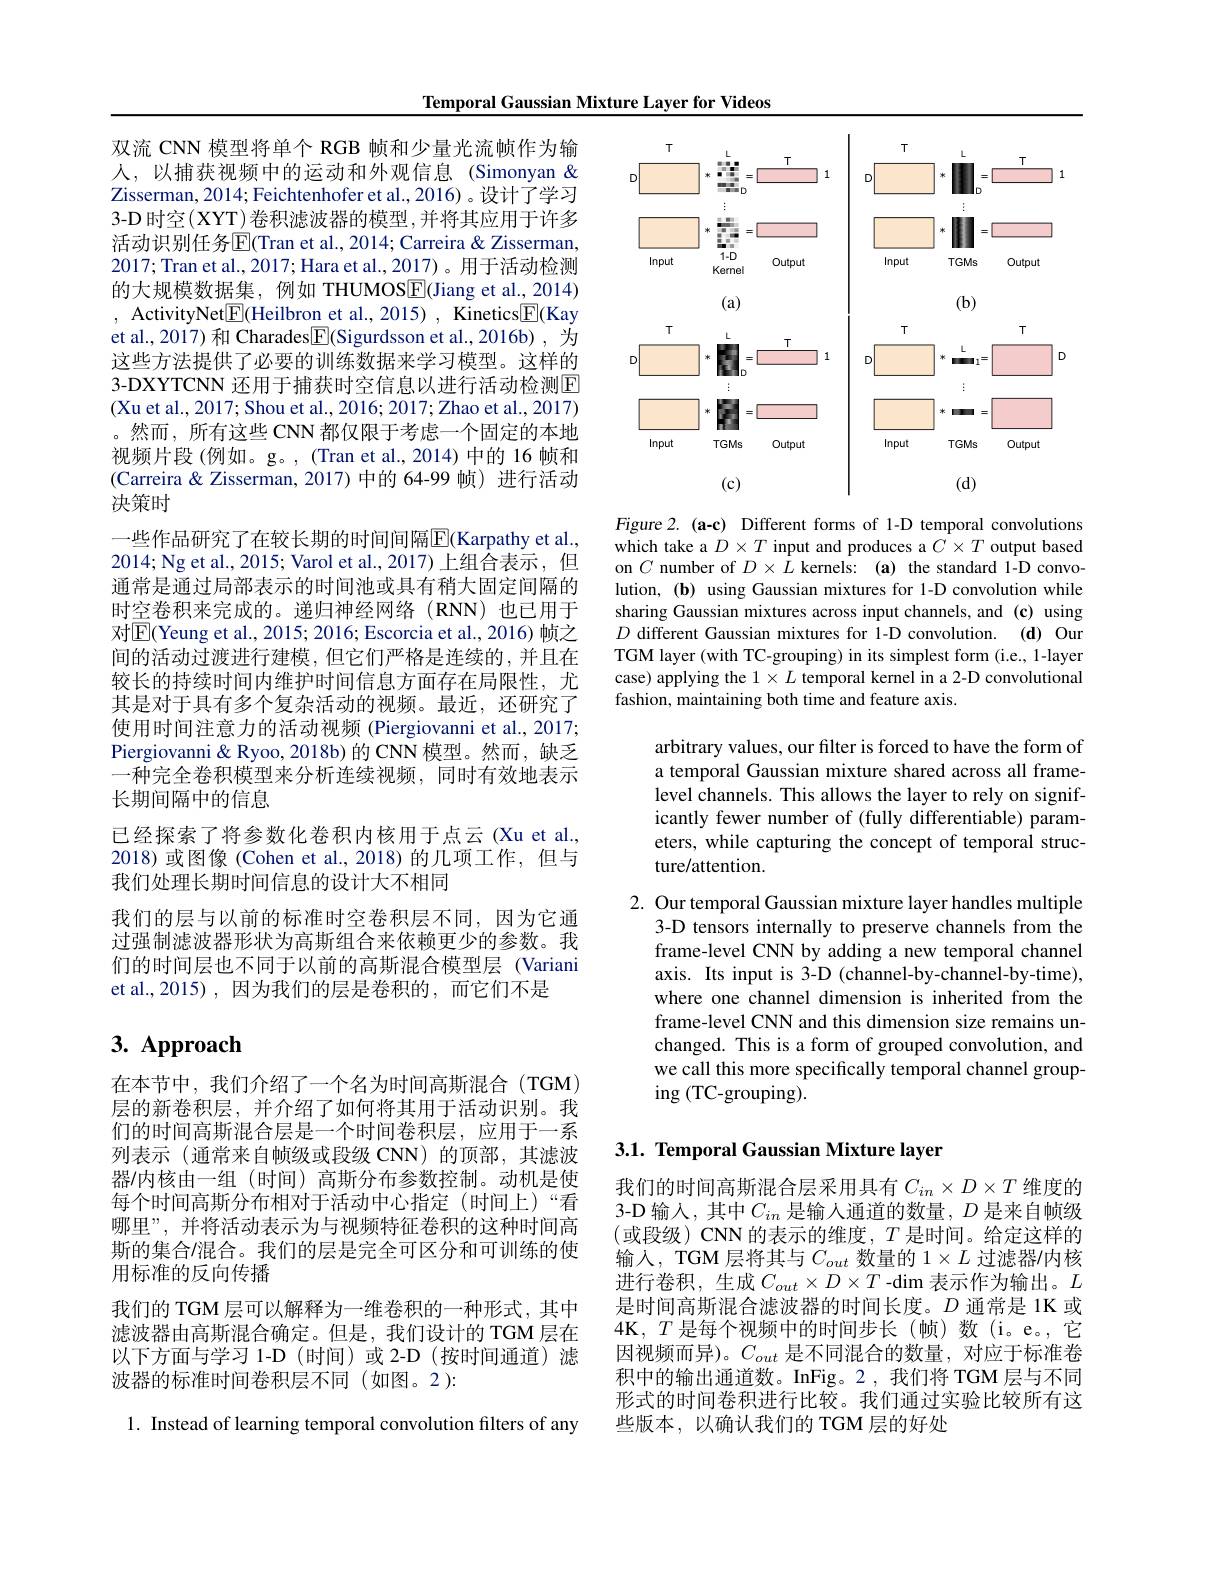
Temporal Gaussian Mixture Layer for Videos

双流 CNN 模型将单个 RGB 帧和少量光流帧作为输人，以捕获视频中的运动和外观信息(Simonyan& Zisserman, 2014; Feichtenhofer et al., 2016) 。设计了学习3-D 时空(XYT)卷积滤波器的模型，并将其应用于许多活动识别任务$\overline{\mathrm{E}}($Tran et al., 2014; Carreira & Zisserman, 2017; Tran et al., 2017; Hara et al., 2017)。用于活动检测的大规模数据集，例如 THUMOSE(Jiang et al., 2014) , ActivityNet$\boxed{\mathrm{E}}($Heilbron et al., 2015) , Kinetics$\boxed{\mathrm{E}}($Kay et al., 2017) 和 Charades$\boxed{\mathrm{F}}$(Sigurdsson et al.,2016b) ,为这些方法提供了必要的训练数据来学习模型。这样的3-DXYTCNN 还用于捕获时空信息以进行活动检测$\mathbb{E}$ (Xu et al., 2017; Shou et al., 2016; 2017; Zhao et al., 2017) 。然而，所有这些 CNN 都仅限于考虑一个固定的本地视频片段(例如。g。,(Tran et al.,2014)中的 16 帧和(Carreira & Zisserman, 2017) 中的 64-99 帧) 进行活动决策时
一些作品研究了在较长期的时间间隔$\overline{\mathrm{E}}($Karpathy et al., 2014;Ng et al., 2015; Varol et al., 2017)上组合表示，但通常是通过局部表示的时间池或具有稍大固定间隔的时空卷积来完成的。递归神经网络(RNN)也已用于对$\boxed{\mathrm{E}}$(Yeung et al., 2015; 2016; Escorcia et al., 2016) 帧之间的活动过渡进行建模，但它们严格是连续的，并且在较长的持续时间内维护时间信息方面存在局限性，尤其是对于具有多个复杂活动的视频。最近，还研究了使用时间注意力的活动视频 (Piergiovanni et al., 2017; Piergiovanni & Ryoo, 2018b) 的 CNN 模型。然而，缺乏一种完全卷积模型来分析连续视频，同时有效地表示长期间隔中的信息
已经探索了将参数化卷积内核用于点云(Xu et al., 2018)或图像(Cohen et al.,2018)的几项工作，但与我们处理长期时间信息的设计大不相同
我们的层与以前的标准时空卷积层不同，因为它通过强制滤波器形状为高斯组合来依赖更少的参数。我们的时间层也不同于以前的高斯混合模型层 (Variani et al.,2015),因为我们的层是卷积的，而它们不是

# 3. Approach

在本节中，我们介绍了一个名为时间高斯混合(TGM) 层的新卷积层，并介绍了如何将其用于活动识别。我们的时间高斯混合层是一个时间卷积层，应用于一系列表示 (通常来自帧级或段级 CNN)的顶部，其滤波器/内核由一组(时间)高斯分布参数控制。动机是使每个时间高斯分布相对于活动中心指定(时间上)“看哪里”,并将活动表示为与视频特征卷积的这种时间高斯的集合/混合。我们的层是完全可区分和可训练的使用标准的反向传播
我们的 TGM 层可以解释为一维卷积的一种形式，其中滤波器由高斯混合确定。但是，我们设计的 TGM 层在以下方面与学习 1-D (时间)或 2-D (按时间通道) 滤波器的标准时间卷积层不同(如图。2):

1. Instead of learning temporal convolution filters of any

<FigureHere>

Figure 2.(a-c) Different forms of 1-D temporal convolutions which take a $D\times T$ input and produces a $C\times T$ output based on $C$ number of $D\times L$ kernels: (a) the standard 1-D convolution, (b) using Gaussian mixtures for 1-D convolution while sharing Gaussian mixtures across input channels, and (c) using $D$ different Gaussian mixtures for 1-D convolution.(d) Our TGM layer (with TC-grouping) in its simplest form (i.e., 1-layer case) applying the $1\times L$ temporal kernel in a 2-D convolutional fashion, maintaining both time and feature axis.

arbitrary values, our filter is forced to have the form of a temporal Gaussian mixture shared across all framelevel channels. This allows the layer to rely on significantly fewer number of (fully differentiable) parameters, while capturing the concept of temporal structure/attention.

2. Our temporal Gaussian mixture layer handles multiple
3-D tensors internally to preserve channels from the frame-level CNN by adding a new temporal channel axis. Its input is 3-D (channel-by-channel-by-time), where one channel dimension is inherited from the frame-level CNN and this dimension size remains unchanged. This is a form of grouped convolution, and we call this more specifically temporal channel group- $\operatorname{ing}\left(\mathrm{TC-grouping}\right).$

# 3.1. Temporal Gaussian Mixture layer

我们的时间高斯混合层采用具有$C_{in}\times D\times T$维度的3-D 输入，其中$C_in$ 是输人通道的数量，$D$ 是来自帧级(或段级)CNN 的表示的维度，$T$是时间。给定这样的输入，TGM 层将其与$C_out$数量的$1\times L$过滤器/内核进行卷积，生成$C_out\times D\times T$-dim表示作为输出。$L$ 是时间高斯混合滤波器的时间长度。$D$通常是 1K 或$4\mathbf{K},T$是每个视频中的时间步长(帧)数(i。e。,它因视频而异)。$C_out$是不同混合的数量，对应于标准卷积中的输出通道数。InFig。2,我们将 TGM 层与不同形式的时间卷积进行比较。我们通过实验比较所有这些版本，以确认我们的 TGM 层的好处